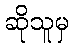
ဆိုသူမှ